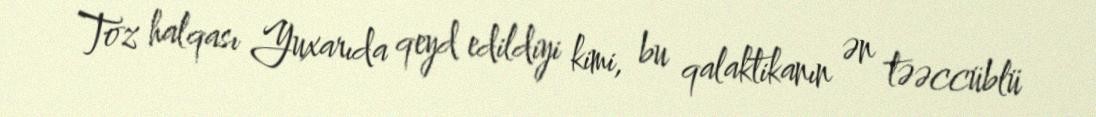
Toz halqası Yuxarıda qeyd edildiyi kimi, bu qalaktikanın ən təəccüblü